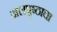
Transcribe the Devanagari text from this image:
जलपृष्ठाचा